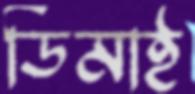
ডিমাই